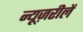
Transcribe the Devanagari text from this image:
न्यूज़रीलें